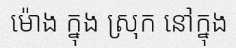
ម៉ោង ក្នុង ស្រុក នៅក្នុង